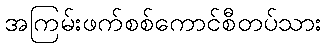
အကြမ်းဖက်စစ်ကောင်စီတပ်သား